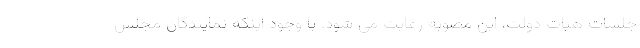
جلسات هيات دولت، اين مصوبه رعايت مى شود. با وجود اينكه نمايندگان مجلس